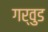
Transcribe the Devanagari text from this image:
गर्वुड